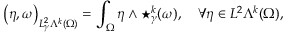
\left( \eta , \omega \right) _ { L _ { \gamma } ^ { 2 } \Lambda ^ { k } ( \Omega ) } = \int _ { \Omega } \eta \wedge \star _ { \gamma } ^ { k } ( \omega ) , \quad \forall \eta \in L ^ { 2 } \Lambda ^ { k } ( \Omega ) ,